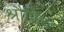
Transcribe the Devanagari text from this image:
श्रौणित